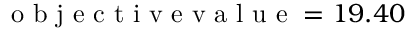
\mathrm { ~ o ~ b ~ j ~ e ~ c ~ t ~ i ~ v ~ e ~ v ~ a ~ l ~ u ~ e ~ } = 1 9 . 4 0